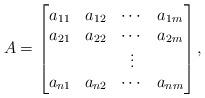
LaTeX: \begin{align*}A=\begin{bmatrix}a_{11}& a_{12} & \cdots & a_{1m} \\ a_{21}& a_{22} & \cdots & a_{2m} \\ & & \vdots & \\ a_{n1}& a_{n2} & \cdots & a_{nm} \end{bmatrix},\end{align*}